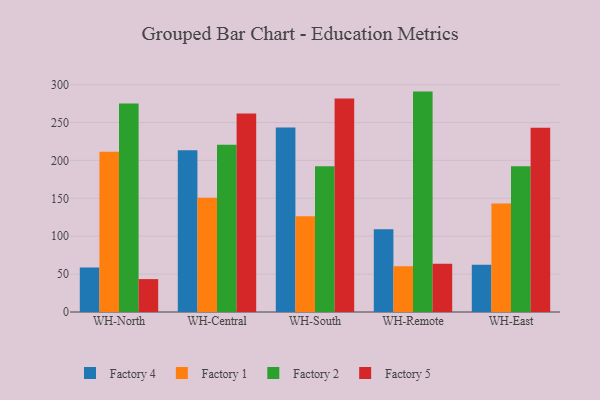
{"axis": {"x": "Warehouse", "y": "Latency (ms)"}, "legend": ["Factory 1", "Factory 2", "Factory 4", "Factory 5"], "data": [{"x": "WH-North", "y": 58.8, "type": "Factory 4"}, {"x": "WH-North", "y": 211.6, "type": "Factory 1"}, {"x": "WH-North", "y": 275.1, "type": "Factory 2"}, {"x": "WH-North", "y": 43.4, "type": "Factory 5"}, {"x": "WH-Central", "y": 213.3, "type": "Factory 4"}, {"x": "WH-Central", "y": 150.8, "type": "Factory 1"}, {"x": "WH-Central", "y": 220.8, "type": "Factory 2"}, {"x": "WH-Central", "y": 262.0, "type": "Factory 5"}, {"x": "WH-South", "y": 243.5, "type": "Factory 4"}, {"x": "WH-South", "y": 126.3, "type": "Factory 1"}, {"x": "WH-South", "y": 192.2, "type": "Factory 2"}, {"x": "WH-South", "y": 281.8, "type": "Factory 5"}, {"x": "WH-Remote", "y": 109.3, "type": "Factory 4"}, {"x": "WH-Remote", "y": 60.4, "type": "Factory 1"}, {"x": "WH-Remote", "y": 290.8, "type": "Factory 2"}, {"x": "WH-Remote", "y": 63.7, "type": "Factory 5"}, {"x": "WH-East", "y": 62.5, "type": "Factory 4"}, {"x": "WH-East", "y": 143.1, "type": "Factory 1"}, {"x": "WH-East", "y": 192.3, "type": "Factory 2"}, {"x": "WH-East", "y": 243.2, "type": "Factory 5"}]}